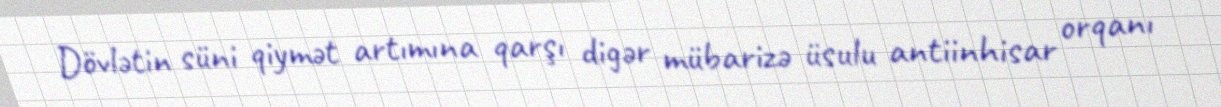
Dövlətin süni qiymət artımına qarşı digər mübarizə üsulu antiinhisar orqanı